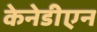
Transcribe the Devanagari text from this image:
केनेडीएन